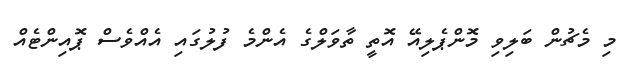
މި މެޗުން ބަލިވި މޮންޕެލިއޭ އޮތީ ތާވަލްގެ އެންމެ ފުލުގައި އެއްވެސް ޕޮއިންޓެއް